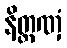
နိတ္တဏှံ